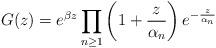
LaTeX: \begin{align*}G(z)=e^{\beta z}\prod_{n\geq1}\left(1+\frac{z}{\alpha_n}\right)e^{-\frac{z}{\alpha_n}}\end{align*}